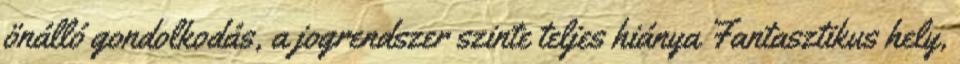
önálló gondolkodás, a jogrendszer szinte teljes hiánya Fantasztikus hely,